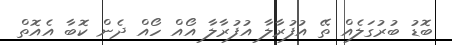
ބޮޑު ބުރުގަލެއް ތޭ އުފުރާލާ އުފުރާލާ އޯއް ހޯއް ދެން ކޮބާ އެއޮތް